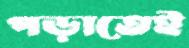
পড়াতেই